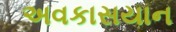
અવકાસયાન